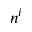
n ^ { i }